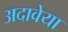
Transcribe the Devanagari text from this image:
अदावेया